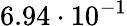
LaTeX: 6.94\cdot 10^{-1}